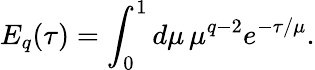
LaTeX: E_{q}(\tau)=\int_{0}^{1}d\mu\, \mu^{q-2}e^{-\tau/\mu}.